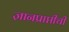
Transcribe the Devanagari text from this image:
ज्ञानप्राप्तीची